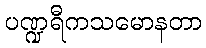
ပဏ္ဍရီကသမောနတာ